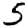
Digit: 5